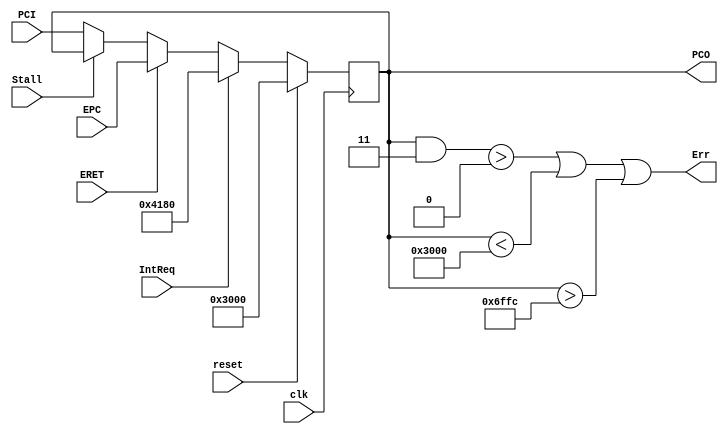
module pc(
		input clk,
		input reset,
		input Stall,
		input IntReq,
		input ERET,
		input [31:0] PCI,
		input [31:0] EPC,
		output [31:0] PCO,
		output Err
	);
	reg [31:0] PCReg;
	assign PCO=PCReg;
	assign Err=((PCO&32'd3)>0 || PCO<32'h3000 || PCO>32'h6ffc);
	
	always @(posedge clk)
	begin
		if (reset)
		begin
			PCReg<=32'h00003000;
		end
		else if (IntReq)
		begin
			PCReg<=32'h00004180;
		end
		else if (ERET)
		begin
			PCReg<=EPC;
		end
		else if (Stall)
		begin
			PCReg<=PCReg;
		end
		else
		begin
			PCReg<=PCI;
		end
	end
endmodule